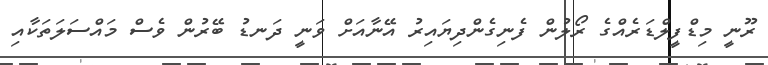
ރޫނީ މިޑްފީލްޑަރެއްގެ ރޯލުން ފެނިގެންދިޔައިރު އޭނާއަށް ވަނީ ދަނޑު ބޭރުން ވެސް މައްސަލަތަކާއި